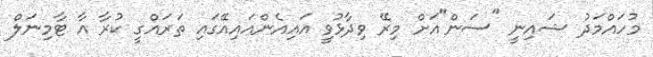
މުހައްމަދު ޝައިނީ "ސަން"އަށް މިރޭ ވިދާޅުވީ އައިއެންއައިއޭގައި ތަރައްގީ ކުރާ އާ ޓާމިނަލް